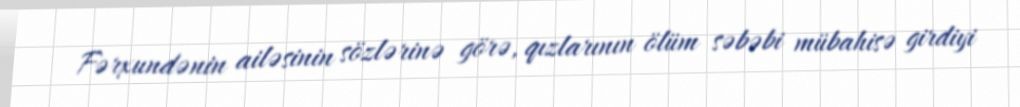
Fərxundənin ailəsinin sözlərinə görə, qızlarının ölüm səbəbi mübahisə girdiyi